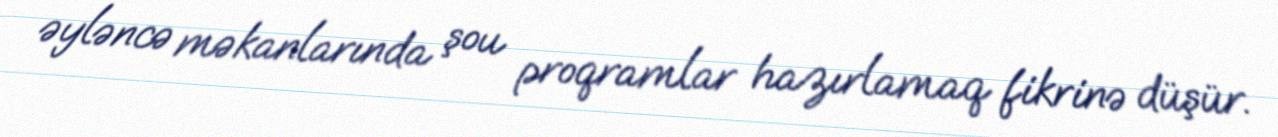
əyləncə məkanlarında şou proqramlar hazırlamaq fikrinə düşür.